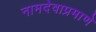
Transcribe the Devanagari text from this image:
नामदेवाप्रमाणे